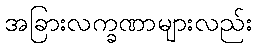
အခြားလက္ခဏာများလည်း